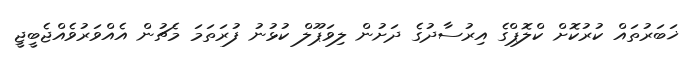
ޚަބަރުތައް ކުރުކޮށް ކްލޮޕްގެ އިރުސާދުގެ ދަށުން ލިވަޕޫލް ކުޅުނު ފުރަތަމަ މެޗުން އެއްވަރުވެއްޖެބީޖީ